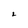
Character: L